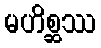
မဟိစ္ဆဿ